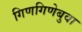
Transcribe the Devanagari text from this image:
गिणगिणेबुवा